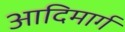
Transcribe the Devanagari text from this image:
आदिमार्ग